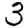
Digit: 3